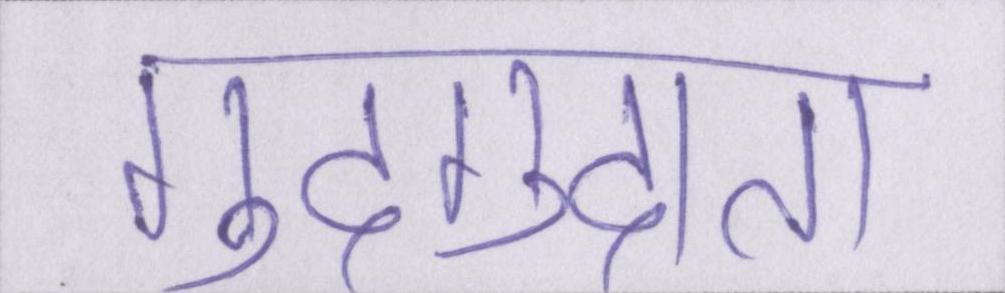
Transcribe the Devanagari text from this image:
गुदगुदाता